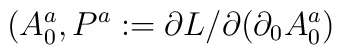
(A^a_0,  P^a :=  \partial L/\partial (\partial_0{A}^a_0 )